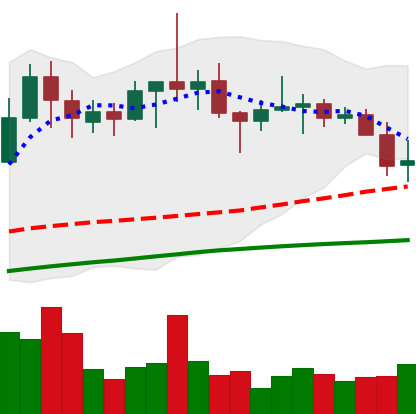
Ticker: TRX-USD
Chart end date: 2022-06-12
Forward return: -21.654%
Label: down_7plus